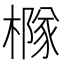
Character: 𪳹